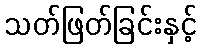
သတ်ဖြတ်ခြင်းနှင့်